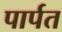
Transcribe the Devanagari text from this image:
पार्पत